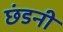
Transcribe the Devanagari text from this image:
छंडनी